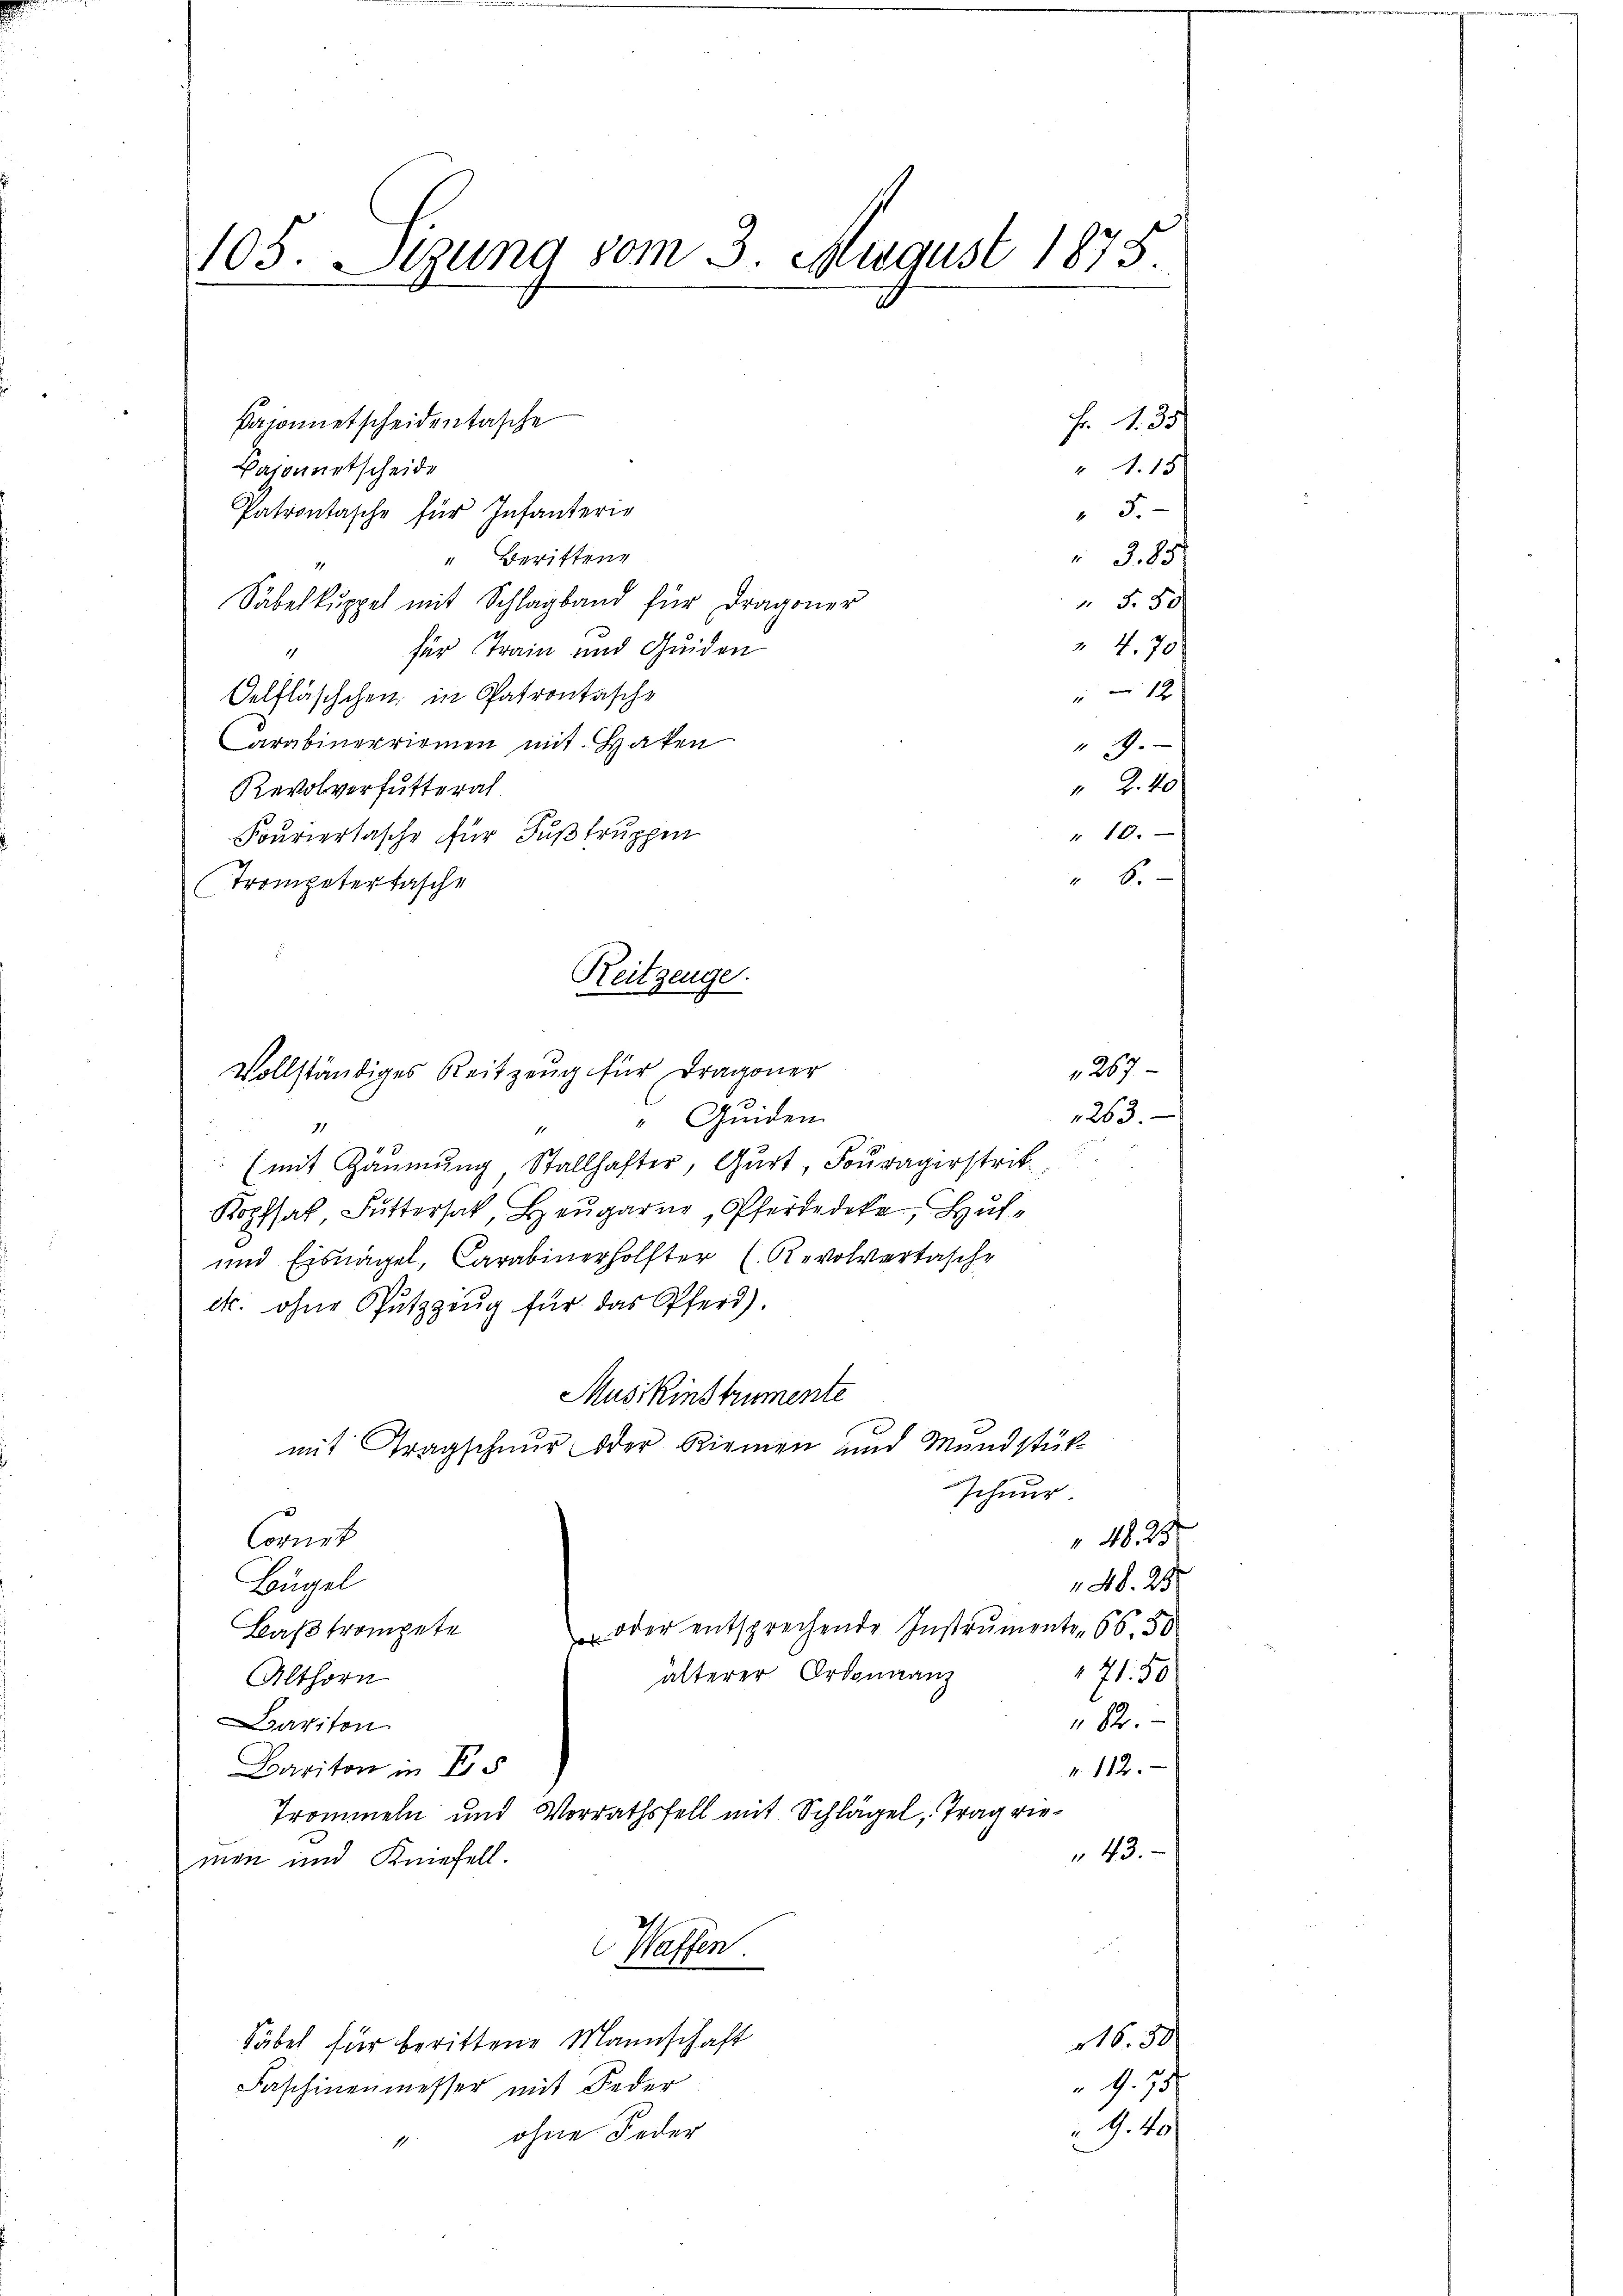
105. Sitzung vom 3. August 1875.
e

Paconuetscheidentasche
Baionnetscheide
Patrontasche für Infanterir
" Berittene
Säbelkuppel mit Schlagband für Dragoner
für Train und Guiden
Oelfläschchen; in Patrontasche
Carabinerriomen mit Haken
Revolverfutterat
Fouriertasche für Fußtruppen
Trompeter Tasche
Reitzenge.

Vollständiges Reitzeug für Dragoner

3
3. 85
 5. 50
" 4. 70

12
19.

"

" Quiden
71
11
(mit Häumung Stallhafter, Gurt Fouragistrit
Kopfsat Futtersak, Heugarne, Pferdedete, Hul¬
und Eisnagel, Carabinerholter (Revolvertasche
ek. ohne Sutzzeug für das Pferd).
Musikinstrumente
mit Tragschnur oder Riemen und Mundstükschnur.
Connirt
Bügel
 oder entsprechende Instrumente . 66. 50
Bastrompete
171. 50
älterer Ordonnanz
Althorn
82.
aviton
Cariton in Ers
N. 112.
Trommeln und Vorrathsfell mit Schlägel, Trag vie¬
43.
men und Kiefell.
e
 Waffen.
116. 50.
Säbel für berittene Mannschaft
4. 75
Faschinenmesser mit Feder
G. 41.
ohne Feder

1267
1263.

f. 435
" 18

4828.
48. 25.

" Z. 40
" 10.